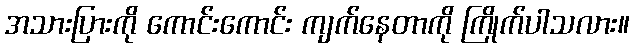
အသားပြားကို ကောင်းကောင်း ကျက်နေတာကို ကြိုက်ပါသလား။